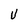
Character: V